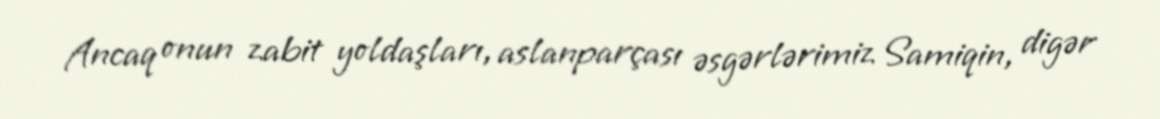
Ancaq onun zabit yoldaşları, aslanparçası əsgərlərimiz Samiqin, digər